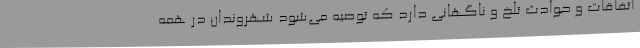
اتفاقات و حوادث تلخ و ناگهانی دارد که توصیه می‌شود شهروندان در همه